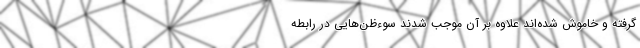
گرفته و خاموش‌ شده‌اند علاوه بر آن موجب شدند سو‌ءظن‌‌هایی در رابطه